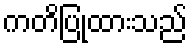
ကတိပြုထားသည်